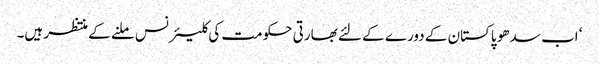
‘ اب سدھو پاکستان کے دورے کے لئے بھارتی حکومت کی کلیئرنس ملنے کے منتظر ہیں۔